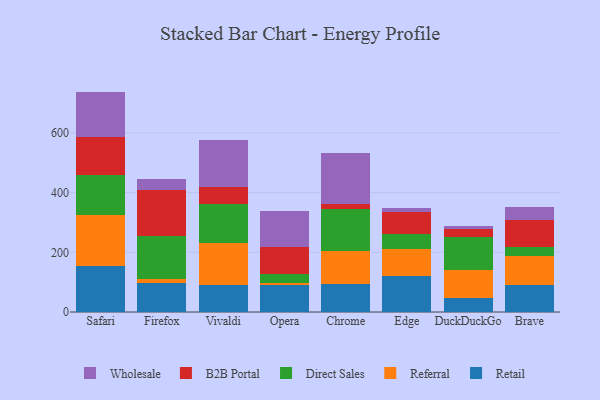
{"axis": {"x": "Browser", "y": "Satisfaction Score"}, "legend": ["B2B Portal", "Direct Sales", "Referral", "Retail", "Wholesale"], "data": [{"x": "Safari", "y": 154.4, "type": "Retail"}, {"x": "Safari", "y": 170.8, "type": "Referral"}, {"x": "Safari", "y": 134.2, "type": "Direct Sales"}, {"x": "Safari", "y": 126.0, "type": "B2B Portal"}, {"x": "Safari", "y": 153.1, "type": "Wholesale"}, {"x": "Firefox", "y": 98.6, "type": "Retail"}, {"x": "Firefox", "y": 12.4, "type": "Referral"}, {"x": "Firefox", "y": 145.0, "type": "Direct Sales"}, {"x": "Firefox", "y": 153.4, "type": "B2B Portal"}, {"x": "Firefox", "y": 36.4, "type": "Wholesale"}, {"x": "Vivaldi", "y": 90.7, "type": "Retail"}, {"x": "Vivaldi", "y": 141.7, "type": "Referral"}, {"x": "Vivaldi", "y": 131.1, "type": "Direct Sales"}, {"x": "Vivaldi", "y": 54.4, "type": "B2B Portal"}, {"x": "Vivaldi", "y": 156.8, "type": "Wholesale"}, {"x": "Opera", "y": 91.3, "type": "Retail"}, {"x": "Opera", "y": 5.0, "type": "Referral"}, {"x": "Opera", "y": 31.9, "type": "Direct Sales"}, {"x": "Opera", "y": 91.2, "type": "B2B Portal"}, {"x": "Opera", "y": 120.5, "type": "Wholesale"}, {"x": "Chrome", "y": 94.6, "type": "Retail"}, {"x": "Chrome", "y": 110.2, "type": "Referral"}, {"x": "Chrome", "y": 139.2, "type": "Direct Sales"}, {"x": "Chrome", "y": 17.9, "type": "B2B Portal"}, {"x": "Chrome", "y": 171.2, "type": "Wholesale"}, {"x": "Edge", "y": 120.1, "type": "Retail"}, {"x": "Edge", "y": 92.2, "type": "Referral"}, {"x": "Edge", "y": 50.3, "type": "Direct Sales"}, {"x": "Edge", "y": 72.9, "type": "B2B Portal"}, {"x": "Edge", "y": 11.4, "type": "Wholesale"}, {"x": "DuckDuckGo", "y": 48.1, "type": "Retail"}, {"x": "DuckDuckGo", "y": 92.4, "type": "Referral"}, {"x": "DuckDuckGo", "y": 111.8, "type": "Direct Sales"}, {"x": "DuckDuckGo", "y": 26.1, "type": "B2B Portal"}, {"x": "DuckDuckGo", "y": 10.7, "type": "Wholesale"}, {"x": "Brave", "y": 88.9, "type": "Retail"}, {"x": "Brave", "y": 98.6, "type": "Referral"}, {"x": "Brave", "y": 28.7, "type": "Direct Sales"}, {"x": "Brave", "y": 91.1, "type": "B2B Portal"}, {"x": "Brave", "y": 44.2, "type": "Wholesale"}]}